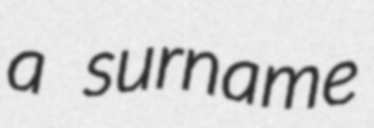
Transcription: a surname